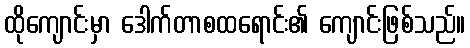
ထိုကျောင်းမှာ ဒေါက်တာစထရောင်း၏ ကျောင်းဖြစ်သည်။